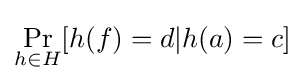
\Pr _{h\in H}[h(f)=d|h(a)=c]